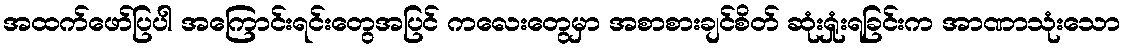
အထက်ဖော်ပြပါ အကြောင်းရင်းတွေအပြင် ကလေးတွေမှာ အစာစားချင်စိတ် ဆုံးရှုံးရခြင်းက အာဏာသုံးသော